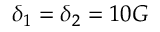
\delta _ { 1 } = \delta _ { 2 } = 1 0 G